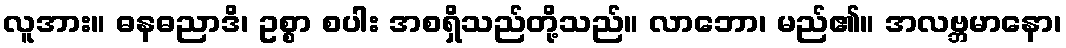
လူအား။ ဓနဓညာဒိ၊ ဥစ္စာ စပါး အစရှိသည်တို့သည်။ လာဘော၊ မည်၏။ အလဗ္ဘမာနော၊